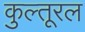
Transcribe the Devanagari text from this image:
कुल्तूरल